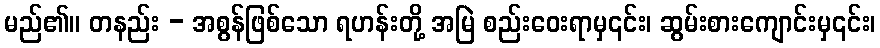
မည်၏။ တနည်း - အစွန်ဖြစ်သော ရဟန်းတို့ အမြဲ စည်းဝေးရာမှ၎င်း၊ ဆွမ်းစားကျောင်းမှ၎င်း၊